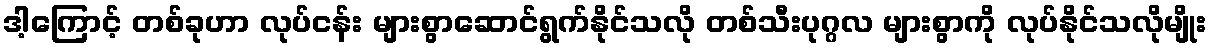
ဒါ့ကြောင့် တစ်ခုဟာ လုပ်ငန်း များစွာဆောင်ရွက်နိုင်သလို တစ်သီးပုဂ္ဂလ များစွာကို လုပ်နိုင်သလိုမျိုး